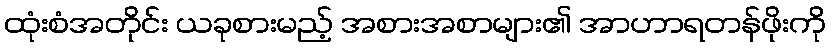
ထုံးစံအတိုင်း ယခုစားမည့် အစားအစာများ၏ အာဟာရတန်ဖိုးကို